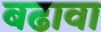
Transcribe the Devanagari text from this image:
बढावा